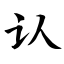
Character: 认